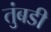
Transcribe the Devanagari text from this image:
तुंबडी